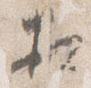
相